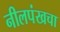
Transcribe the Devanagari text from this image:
नीलपंखचा